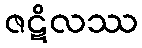
ဇဋိလဿ